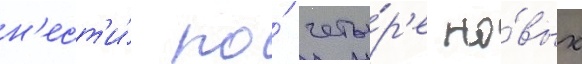
н'ест'и́ по́ четы́р'е но́вых